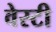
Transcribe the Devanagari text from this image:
वेस्टी